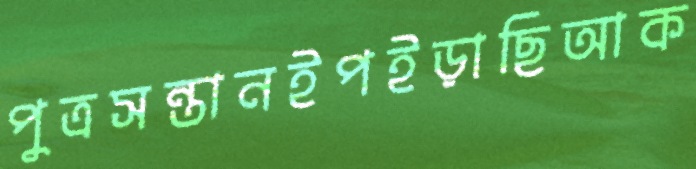
পুত্রসন্তানইপইড়াছিআক